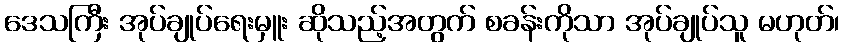
ဒေသကြီး အုပ်ချုပ်ရေးမှူး ဆိုသည့်အတွက် စခန်းကိုသာ အုပ်ချုပ်သူ မဟုတ်၊